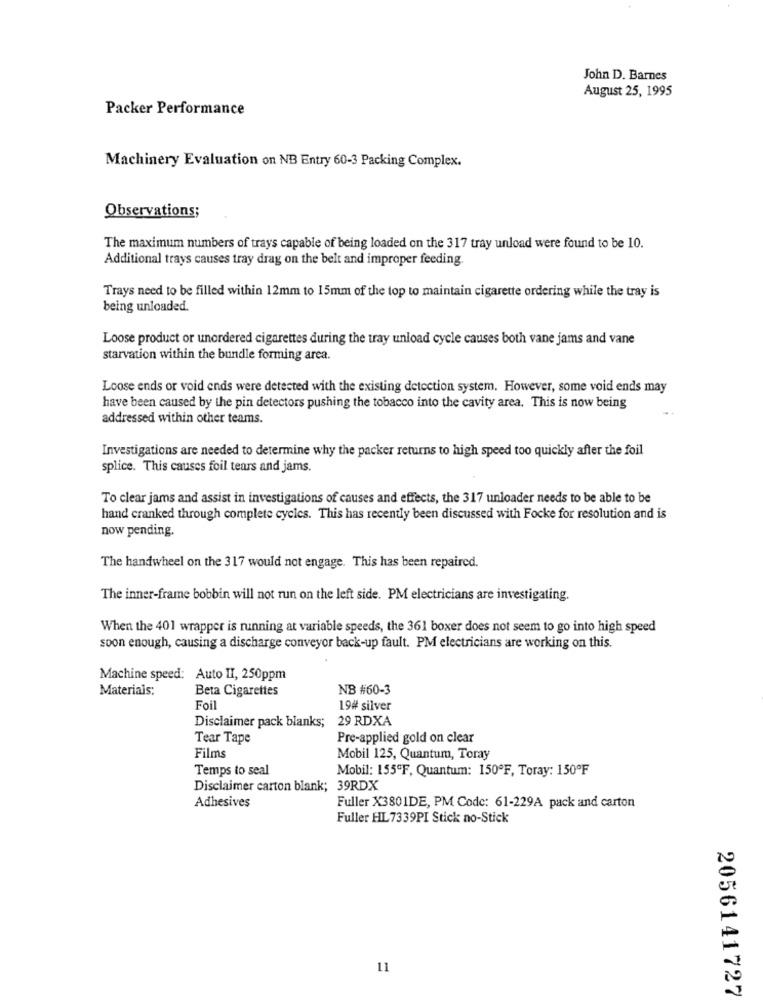
John D. Barnes
August 25, 1995
Packer Performance
Machinery Evaluation on NB Entry 60-3 Packing Complex.
Observations;
The maximum numbers of trays capable of being loaded on the 317 tray unload were found to be 10.
Additional trays causes tray drag on the belt and improper feeding
Trays need to be filled within 12mm to 15mm of the top to maintain cigarette ordering while the tray is
being unloaded.
Loose product or unordered cigarettes during the tray unload cycle causes both vane jams and vane
starvation within the bundle forming area.
Loose ends or void ends were detected with the existing detection system. However, some void ends may
have been caused by the pin detectors pushing the tobacco into the cavity area. This is now being
addressed within other teams.
Investigations are needed to determine why the packer returns to high speed too quickly after the foil
splice. This causes foil tears and jams.
To clear jams and assist in investigations of causes and effects, the 317 unloader needs to be able to be
hand cranked through complete cycles. This has recently been discussed with Focke for resolution and is
now pending.
The handwheel on the 317 would not engage. This has been repaired.
The inner-frame bobbin will not run on the left side. PM electricians are investigating.
When the 401 wrapper is running at variable speeds, the 361 boxer does not seem to go into high speed
soon enough, causing a discharge conveyor back-up fault. PM electricians are working on this.
Machine speed: Auto II, 250ppm
Materiais:
Beta Cigarettes
NB #60-3
Foil
19# silver
29 RDXA
Disclaimer pack blanks;
Tear Tape
Pre-applied gold on clear
Films
Mobil 125, Quantum, Toray
Temps to seal
Mobil: 155ºF, Quantum: 150ºF, Toray: 150ºF
Disclaimer carton blank; 39RDX
Adhesives
Fuller X3801DE, PM Code: 61-229A pack and carton
Fuller HL 7339PI Stick no-Stick
11
2056141727